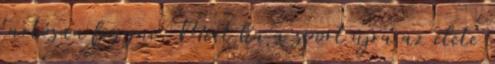
tartósan fogyni. Mert ha a sport újra az élete